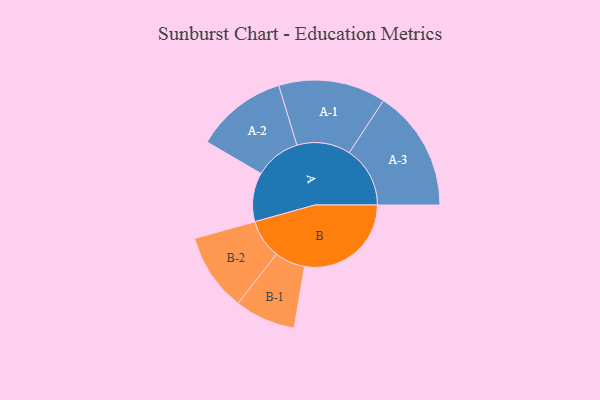
{"axis": {"x": "Segment", "y": "Value"}, "legend": ["", "A", "B"], "data": [{"x": "A", "y": 171, "type": ""}, {"x": "B", "y": 372, "type": ""}, {"x": "A-1", "y": 187, "type": "A"}, {"x": "A-2", "y": 160, "type": "A"}, {"x": "A-3", "y": 212, "type": "A"}, {"x": "B-1", "y": 106, "type": "B"}, {"x": "B-2", "y": 136, "type": "B"}]}